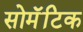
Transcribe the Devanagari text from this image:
सोमॅटिक